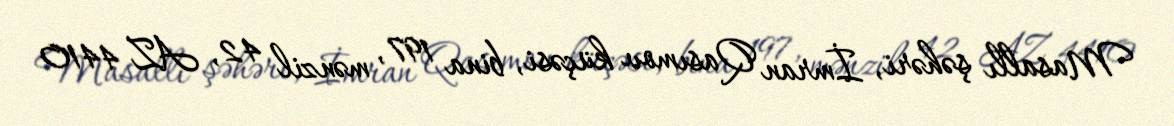
Masallı şəhəri, İmran Qasımov küçəsi, bina 197, mənzil 42, AZ 4410